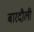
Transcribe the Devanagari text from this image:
बारदौली